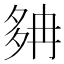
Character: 𡖝